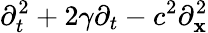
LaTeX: \partial_{t}^{2}+2\gamma\partial_{t}-c^{2}\partial_{\mathbf{x}}^{2}